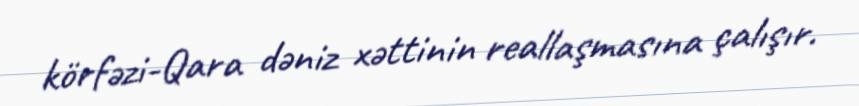
körfəzi-Qara dəniz xəttinin reallaşmasına çalışır.